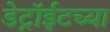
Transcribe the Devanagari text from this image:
डेट्रॉईटच्या